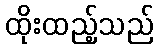
ထိုးထည့်သည်